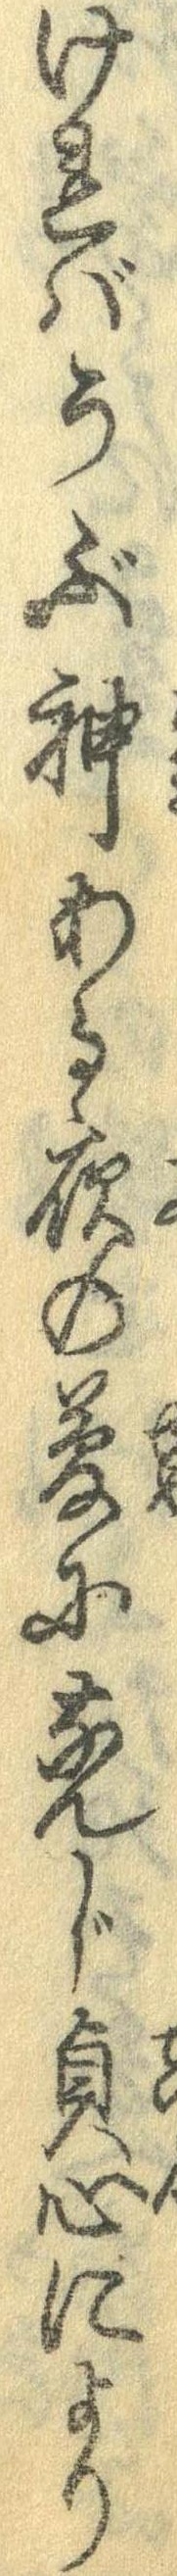
ければうぶ神ある夜の夢になんじ貞心により